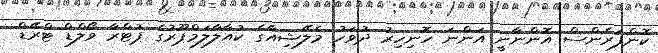
ކޮންފަރެންސް އޮންނާނީ އަންނަ ހޮނިހިރު ދުވަހު މެލޭޝިއާގެ ކުއާލާލަމްޕޫރުގެ ޕުޓްރާ ވޯލްޑް ޓްރޭޑް